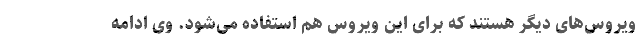
ویروس‌های دیگر هستند که برای این ویروس هم استفاده می‌شود. وی ادامه